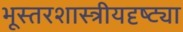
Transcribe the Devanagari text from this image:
भूस्तरशास्त्रीयदृष्ट्या